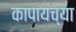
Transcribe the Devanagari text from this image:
कापायच्या